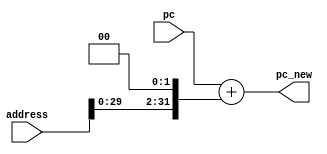
module adder(
  output [31:0] pc_new,
  input [31:0] pc,
  input [31:0] address
);
  reg [31:0] pc_reg;
  reg [31:0] shift_result;
  assign pc_new = pc_reg;
  always@(*) begin
	shift_result = address <<2;
	pc_reg = pc + shift_result;
  end

endmodule